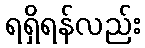
ရရှိရန်လည်း